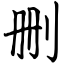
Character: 删